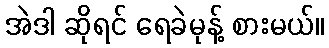
အဲဒါ ဆိုရင် ရေခဲမုန့် စားမယ်။